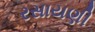
રસાયણી